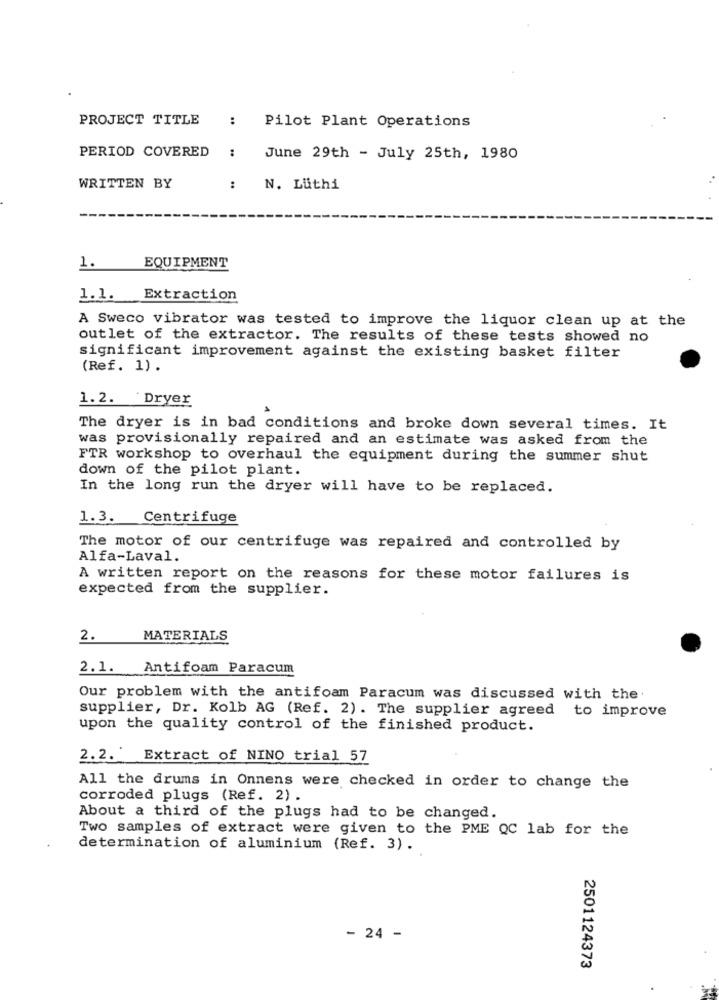
PROJECT TITLE
:
Pilot Plant Operations
PERIOD COVERED
:
June 29th - July 25th, 1980
WRITTEN BY
:
N. Luthi
1.
EQUIPMENT
1.1. Extraction
A Sweco vibrator was tested to improve the liquor clean up at the
outlet of the extractor. The results of these tests showed no
significant improvement against the existing basket filter
(Ref. 1).
1.2. Dryer
The dryer is in bad conditions and broke down several times. It
was provisionally repaired and an estimate was asked from the
FTR workshop to overhaul the equipment during the summer shut
down of the pilot plant.
In the long run the dryer will have to be replaced.
1.3.
Centrifuge
The motor of our centrifuge was repaired and controlled by
Alfa-Laval.
A written report on the reasons for these motor failures is
expected from the supplier.
2.
MATERIALS
2.1. Antifoam Paracum
Our problem with the antifoam Paracum was discussed with the.
supplier, Dr. Kolb AG (Ref. 2). The supplier agreed to improve
upon the quality control of the finished product.
2.2. Extract of NINO trial 57
All the drums in Onnens were checked in order to change the
corroded plugs (Ref. 2) .
About a third of the plugs had to be changed.
Two samples of extract were given to the PME QC lab for the
determination of aluminium (Ref. 3).
- 24 -
2501124373